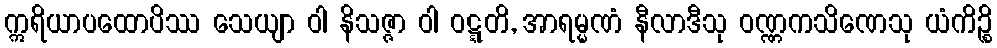
ဣရိယာပထောပိဿ သေယျာ ဝါ နိသဇ္ဇာ ဝါ ဝဋ္ဋတိ, အာရမ္မဏံ နီလာဒီသု ဝဏ္ဏကသိဏေသု ယံကိဉ္စိ